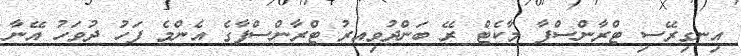
އިނގިރޭސި ޓްރާންސްފާ މާކެޓް ރޭ ބަންދުވިއރު ޓްރާންސްފާގެ އެންމެ ފަހު ދުވަހު އޭނާ